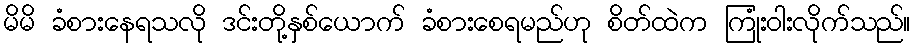
မိမိ ခံစားနေရသလို ဒင်းတို့နှစ်ယောက် ခံစားစေရမည်ဟု စိတ်ထဲက ကြုံးဝါးလိုက်သည်။